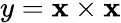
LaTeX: y=\mathbf{x}\times\mathbf{x}